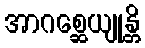
အာဂစ္ဆေယျုန္တိ